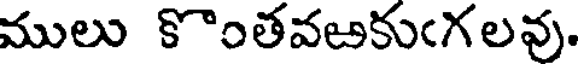
ములు కొంతవఱకుఁగలవు.